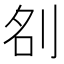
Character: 𭃞